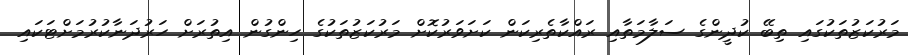
މަރުކަޒުތަކުގައި ތިބޭ ކުދީންގެ ސަލާމަތާއި ރައްކާތެރިކަން ކަށަވަރުކޮށް މަރުކަޒުތަކުގެ ހިންގުން އިތުރަށް ހަރުދަނާކުރުމަށްޓަކައި